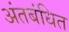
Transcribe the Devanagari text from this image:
अंतबंधित